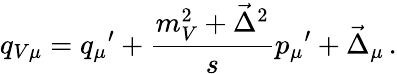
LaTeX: q_{V\mu}={q_{\mu}}^{\prime}+{\frac{m_{V}^{2}+\vec{\Delta}^{2}}{s}}{p_{\mu}}^{\prime}+\vec{\Delta}_{\mu}\, .